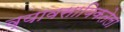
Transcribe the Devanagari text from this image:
व्यावसायिकतेला